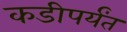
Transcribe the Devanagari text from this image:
कडीपर्यंत